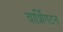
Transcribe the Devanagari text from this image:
वार्शिंगटन